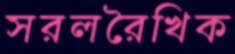
সরলরৈখিক